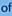
of